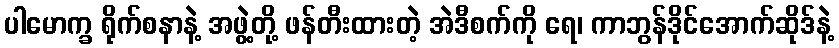
ပါမောက္ခ ရိုက်စနာနဲ့ အဖွဲ့တို့ ဖန်တီးထားတဲ့ အဲဒီစက်ကို ရေ၊ ကာဘွန်ဒိုင်အောက်ဆိုဒ်နဲ့